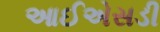
આઈએસડી